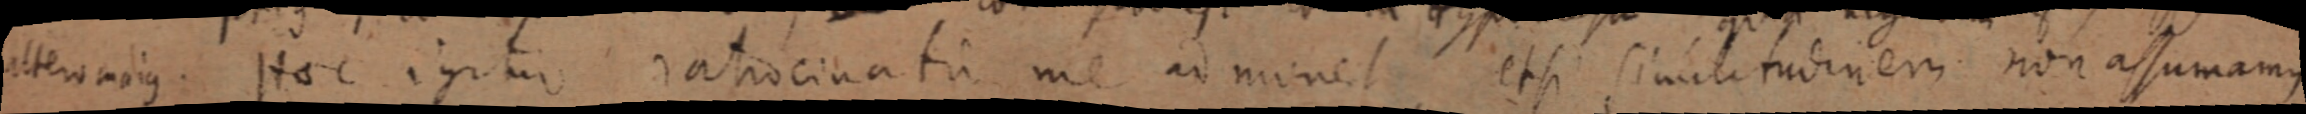
ittenatus. Hoc igitur ratiocinata me ad minet etsi similitudinem non assumamus